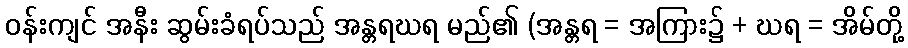
ဝန်းကျင် အနီး ဆွမ်းခံရပ်သည် အန္တရဃရ မည်၏ (အန္တရ = အကြား၌ + ဃရ = အိမ်တို့